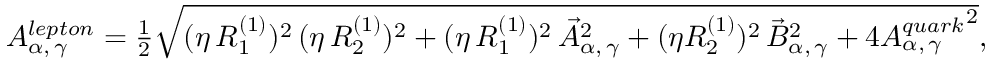
A _ { \alpha , \, \gamma } ^ { l e p t o n } = \textstyle { \frac { 1 } { 2 } } \sqrt { ( \eta \, { R _ { 1 } ^ { ( 1 ) } } ) ^ { 2 } \, ( \eta \, { R _ { 2 } ^ { ( 1 ) } } ) ^ { 2 } + ( \eta \, { R _ { 1 } ^ { ( 1 ) } } ) ^ { 2 } \, { \vec { \cal A } _ { \alpha , \, \gamma } } ^ { 2 } + ( \eta { R _ { 2 } ^ { ( 1 ) } } ) ^ { 2 } \, { \vec { \cal B } _ { \alpha , \, \gamma } } ^ { 2 } + 4 { A _ { \alpha , \, \gamma } ^ { q u a r k } } ^ { 2 } } ,